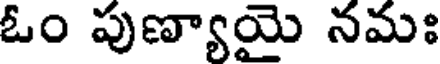
ఓం పుణ్యాయై నమః